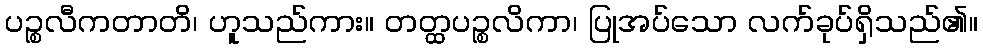
ပဉ္စလီကတာတိ၊ ဟူသည်ကား။ တတ္ထပဉ္စလိကာ၊ ပြုအပ်သော လက်ခုပ်ရှိသည်၏။